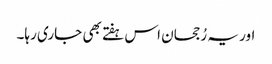
اور یہ رُجحان اس ہفتے بھی جاری رہا۔